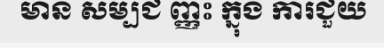
មាន សម្បជ ញ្ញះ ក្នុង ការជួយ